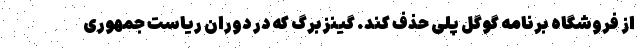
از فروشگاه برنامه گوگل پلی حذف کند. گینزبرگ که در دوران ریاست جمهوری